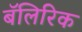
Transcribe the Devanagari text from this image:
बॅलिरिक